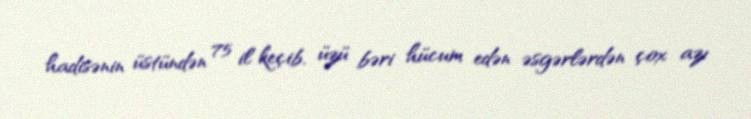
hadisənin üstündən 75 il keçib, üzü bəri hücum edən əsgərlərdən çox azı